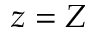
z = Z